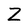
Character: Z